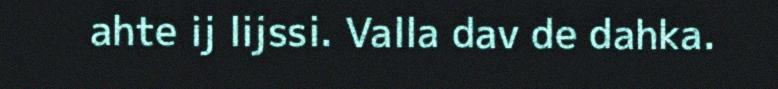
ahte ij lijssi. Valla dav de dahka.